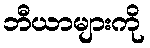
ဘီယာများကို